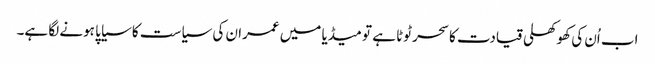
اب اُن کی کھوکھلی قیادت کا سحر ٹوٹا ہے تو میڈیا میں عمران کی سیاست کا سیاپا ہونے لگا ہے۔